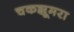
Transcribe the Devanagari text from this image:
चकझूमरा